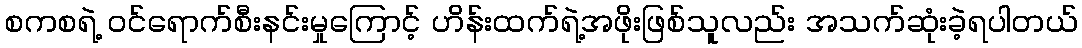
စကစရဲ့ ဝင်ရောက်စီးနင်းမှုကြောင့် ဟိန်းထက်ရဲ့အဖိုးဖြစ်သူလည်း အသက်ဆုံးခဲ့ရပါတယ်